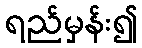
ရည်မှန်း၍